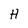
Character: H